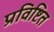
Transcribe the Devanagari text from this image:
प्रविष्टित